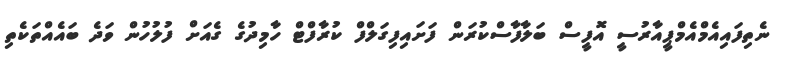
ނެތިފައިއެމްއެމްޕީއާރުސީ އޮފީސް ބަލާފާސްކުރަން ފަށައިފިގަލްފް ކުރާފްޓް ހާމިދުގެ ގެއަށް ފުލުހުން ވަދެ ބައެއްތަކެތި